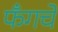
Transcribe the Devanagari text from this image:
फँगचे